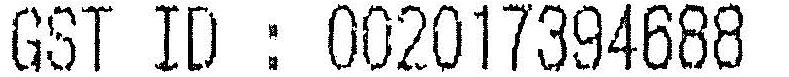
GST ID : 002017394688